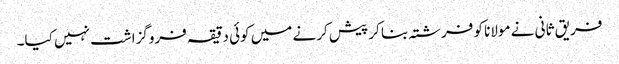
فریق ثانی نے مولانا کو فرشتہ بنا کر پیش کرنے میں کوئی دقیقہ فروگزاشت نہیں کیا۔